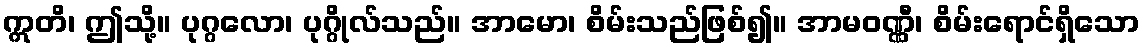
ဣတိ၊ ဤသို့။ ပုဂ္ဂလော၊ ပုဂ္ဂိုလ်သည်။ အာမော၊ စိမ်းသည်ဖြစ်၍။ အာမဝဏ္ဏီ၊ စိမ်းရောင်ရှိသော